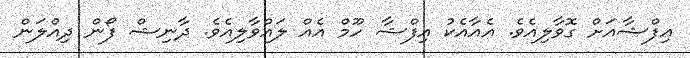
އިފްޝާއަށް ގޮވާލިއެވެ. އެއާއެކު އިފްޝާ ހޫމް އެއް ލައްވާލިއެވެ. ދާނިޝް ފޯން ދިއްލަން